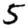
Digit: 5